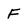
Character: F